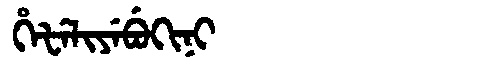
Manchu: ᡥᡝᡶᡝᠯᡳᠶᡝᠪᡠᡴᡳᠨᡳ
Romanization: HEFELIYEBUKINI